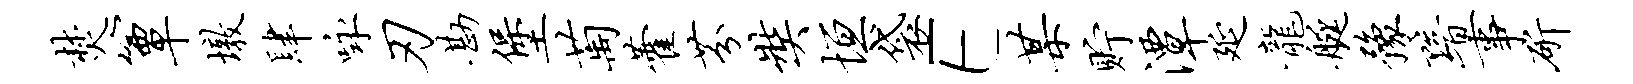
焚簟墩肆咏刃勘堡萄藿芬奘垣袋E某贮潭延龙艇豫黯事斫